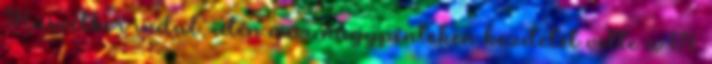
Húsvétkor indul, idén már nagypénteken kezdetét vette a 171.